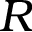
R